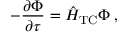
- \frac { \partial \Phi } { \partial \tau } = \hat { H } _ { \mathrm { T C } } \Phi \; ,